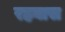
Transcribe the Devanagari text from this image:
रहबास